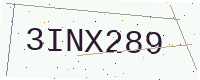
Text: 3INX289